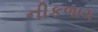
નીકળાય